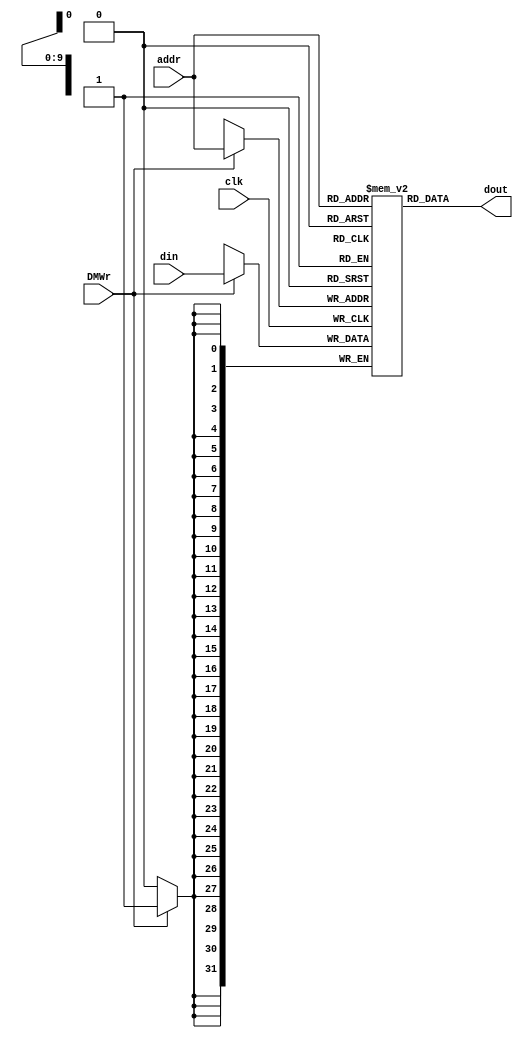
module dm_4k( addr, din, DMWr, clk, dout );
   
   input  [11:2] addr;
   input  [31:0] din;		
   input         DMWr;
   input         clk;
   output [31:0] dout;
     
   reg [31:0] dmem[1023:0];
   
   always @(posedge clk) begin
      if (DMWr) begin
			 dmem[addr] <= din;  //?????????????dm
	  end
   end // end always
   
   assign dout = dmem[addr];
    
endmodule